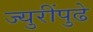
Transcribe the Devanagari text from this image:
ज्युरींपुढे